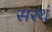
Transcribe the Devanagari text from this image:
सरथं